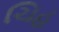
ચિહ